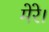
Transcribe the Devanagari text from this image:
मेरे।